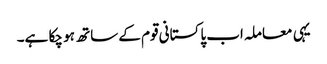
یہی معاملہ اب پاکستانی قوم کے ساتھ ہو چکا ہے۔